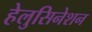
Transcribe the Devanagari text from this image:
हेलुसिनेशन